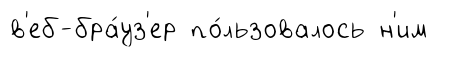
в'еб-бра́уз'ер по́льзовалось н'им